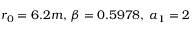
r _ { 0 } = 6 . 2 m , \, \beta = 0 . 5 9 7 8 , \, \alpha _ { 1 } = 2